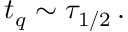
t _ { q } \sim \tau _ { 1 / 2 } \, .